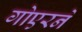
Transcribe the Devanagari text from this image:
गोएरने